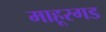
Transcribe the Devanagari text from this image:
माहूरगड